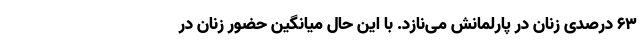
63 درصدی زنان در پارلمانش می‌نازد. با این حال میانگین حضور زنان در